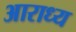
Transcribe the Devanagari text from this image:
अाराध्य